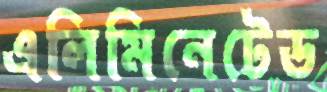
এলিমিনেটেড